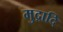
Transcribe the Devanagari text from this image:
मुद्रादि